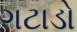
ગટાડો